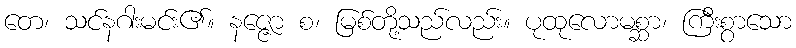
တေ၊ သင်နဂါးမင်း၏။ နဇ္ဇော စ၊ မြစ်တို့သည်လည်း။ ပုထုလောမစ္ဆာ၊ ကြီးစွာသော